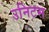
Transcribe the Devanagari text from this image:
उनिटस